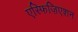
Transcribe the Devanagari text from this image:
एस्फिज़िएशन